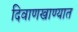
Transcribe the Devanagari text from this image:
दिवाणखाण्यात